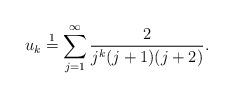
LaTeX: \begin{align*}u_{k} \stackrel{1}{=} \sum_{j = 1}^{\infty} \frac{2}{j^k(j+1)(j+2)}.\end{align*}